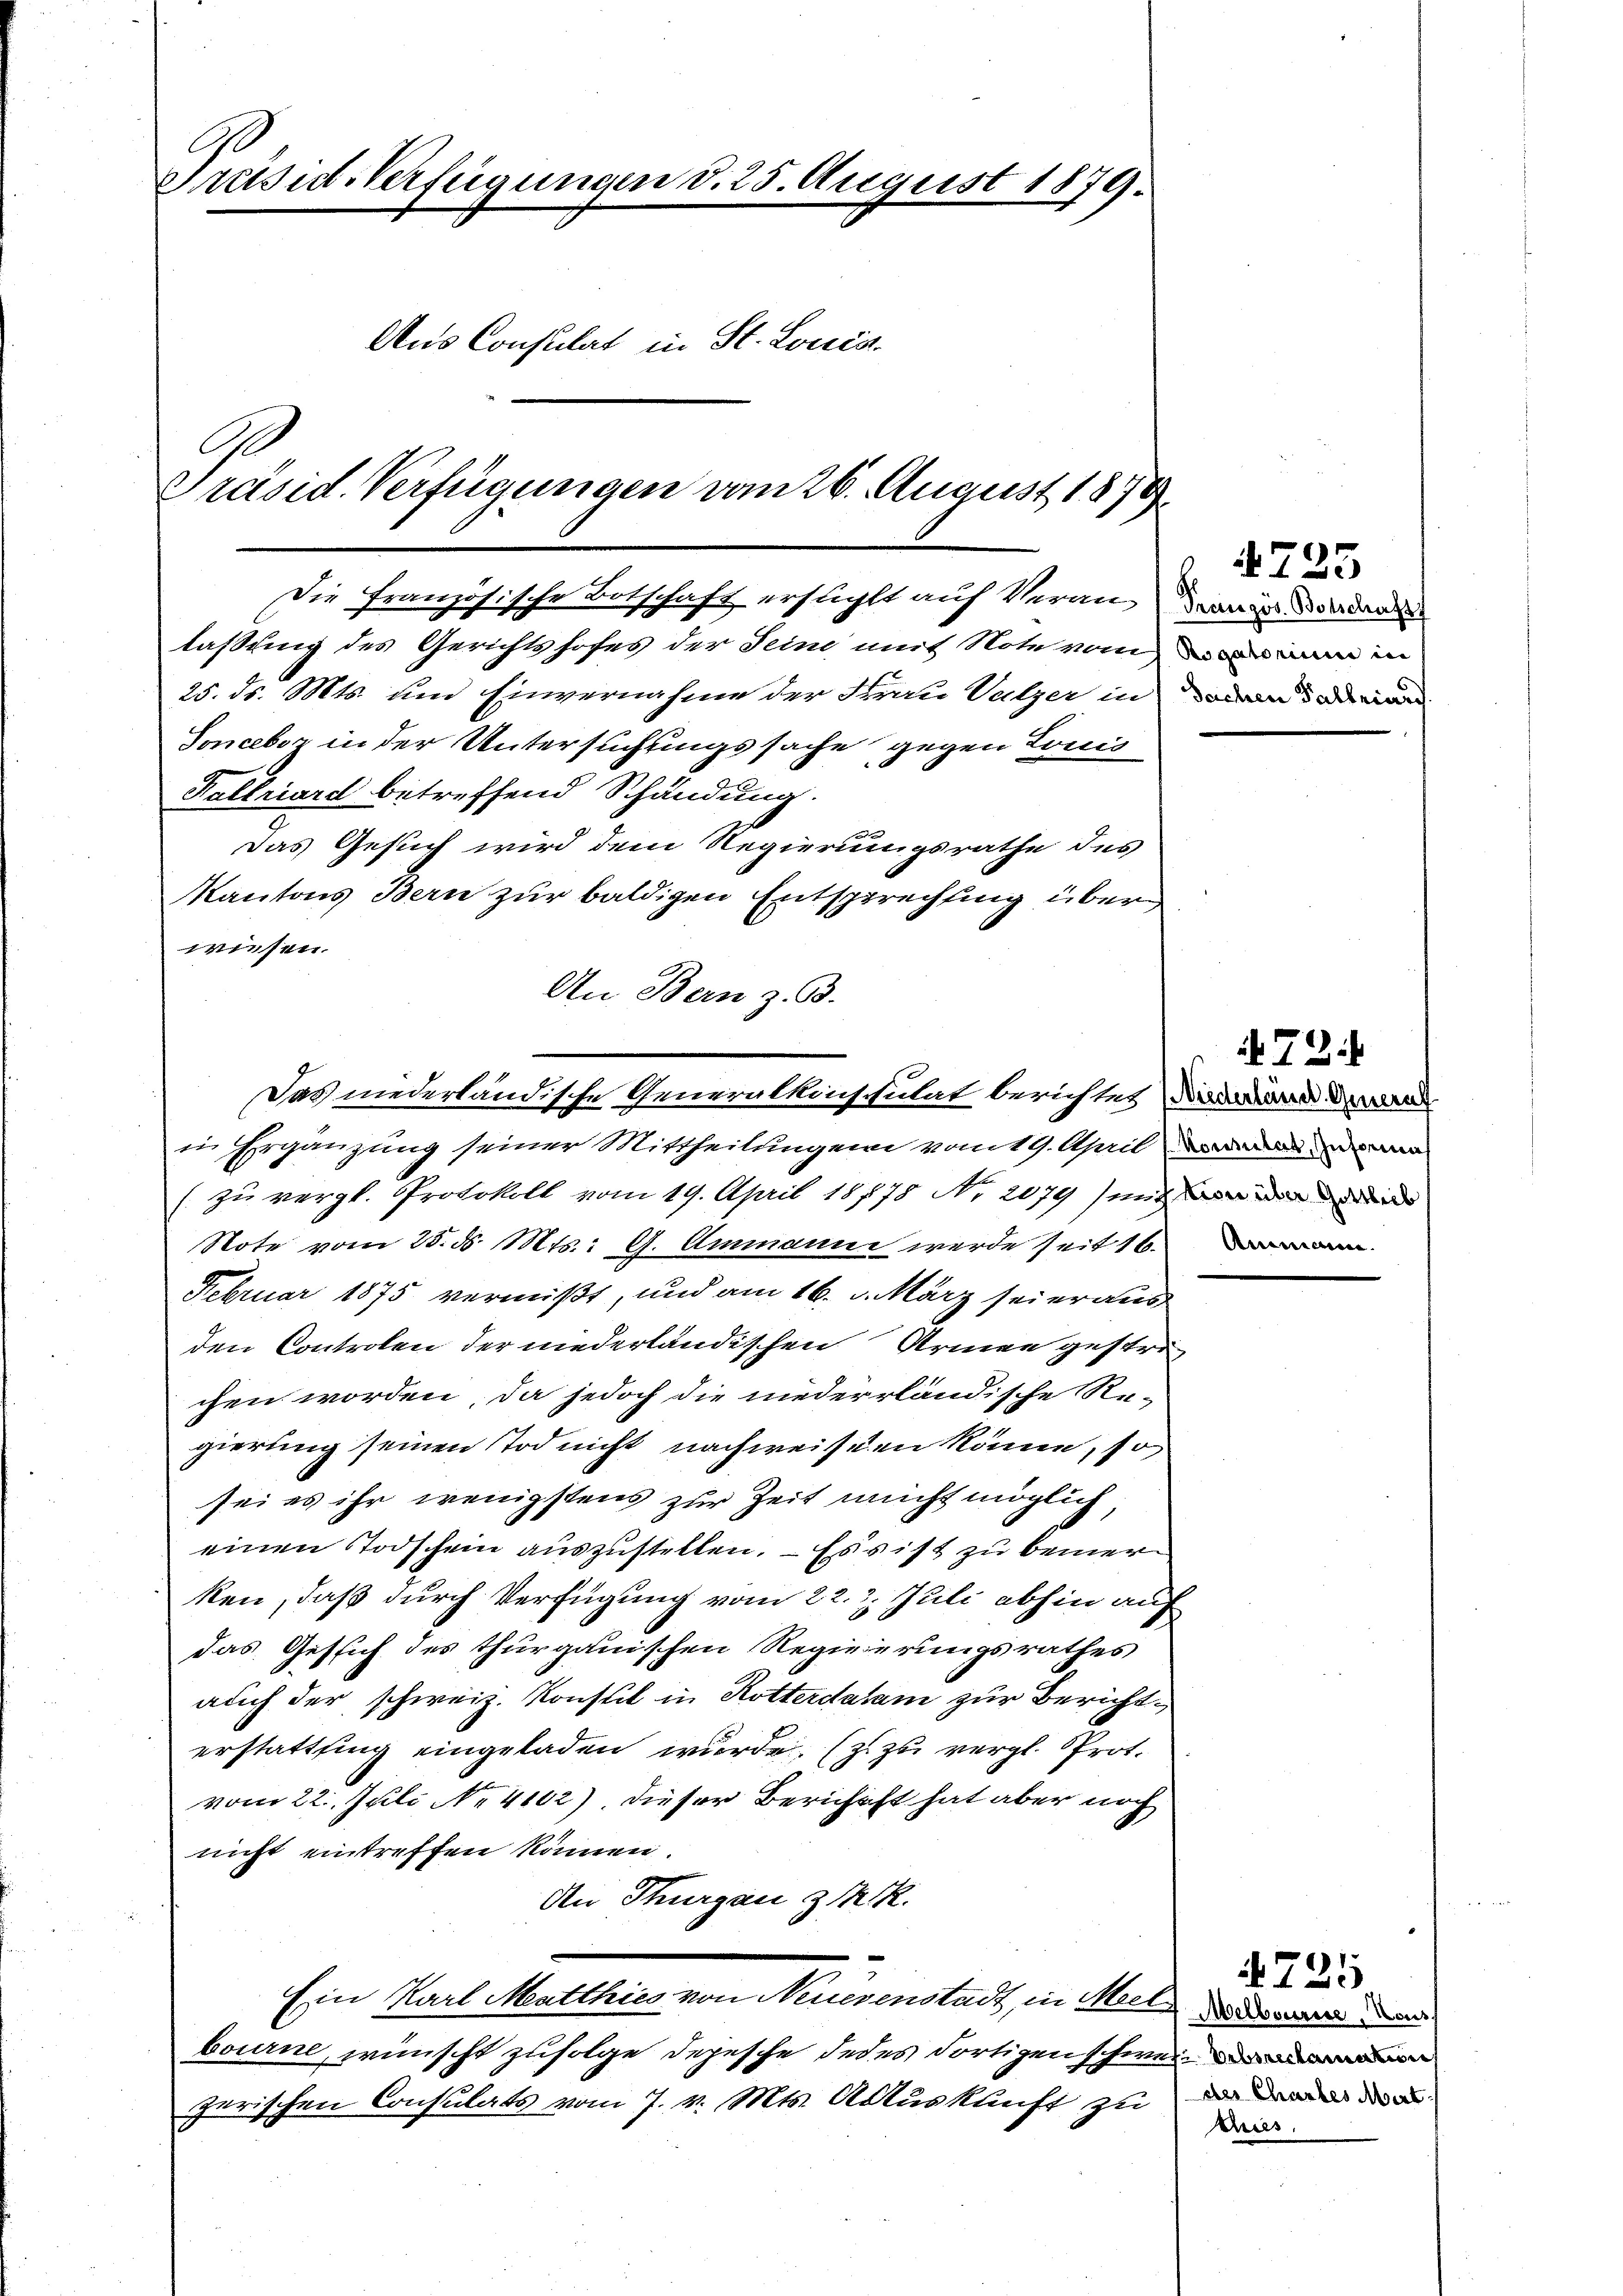
C
Präsid-Verfügungen d. 25. August 1879.
Aus Consulat in St. Louis
G
Präsid. Verfügungen vom 26. August 1879

laßung des Gerichtshofes der Seine mit Note von den in
25. ds. Mts. und Einvernahme der Frau Valzer in an dadu
Sonceboz in der Untersuchungssache gegen Louis
Kaltriard betreffend Schändung.
das Gesuch wird dem Regierungsrathe des
Kantons Bern zur baldigen Entsprechtung über
wisen.
An Bern z. B.

in Ergänzung seiner Mittheilungen vom 19. April dann
(zu vergl. Protokoll vom 19. April 18778 Nr. 2079) mit
Note vom 25. d. Mts.: A. Ammanni werde seit 16.
Februar 1875 vermißt, und am 16. d. März seieraus
den Controlen der niederländischen Armen gestrechen worden, da jedoch die niederrländische Re-
gierung seinen Tod nicht nachweisen könne, so
sei es ihr wenigstens zur Zeit nicht möglich
einen Todschein auszustellen. – Es ist zu bemerken, daß durch Verfügung vom 22. 2. Juli abhin auf
das Gesich des thurgauischen Regierungsrathes
auch der schweiz. Konsul in Rotterdatam zur Berichterstattfing eingeladen wurde. (s. zu vergl. Prot.
vom 22. Juli No 4102) Dieser Berichaft hat aber noch
nicht eintreffen können.
An Thurgau z. M. R.
Ein Karl Matthias von Neuerenstadt, in Melde des
bourne, wünscht zufolge depesche jedes dortigen schweizerischen Consulats vom 7. v. Mts. Auskunft zu

Die Französische Botschaft ersticht auf Veran mir dadur

Das niederländische Generalkinschulat berichtet, die Land dann

4725

724

4725
der Chartes Mart
ies.